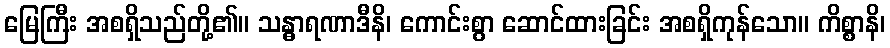
မြေကြီး အစရှိသည်တို့၏။ သန္ဓာရဏာဒီနိ၊ ကောင်းစွာ ဆောင်ထားခြင်း အစရှိကုန်သော။ ကိစ္စာနိ၊